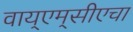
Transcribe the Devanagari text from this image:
वाय्‌एम्‌सीएचा